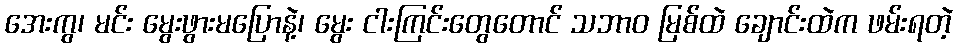
အေးကွ၊ မင်း မွေးဖွားမပြောနဲ့၊ မွေး ငါးကြင်းတွေတောင် သဘာဝ မြစ်ထဲ ချောင်းထဲက ဖမ်းရတဲ့